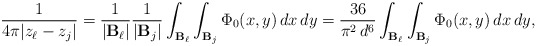
\begin{align*}\frac{1}{4\pi|z_\ell-z_j|}=\frac{1}{|\mathbf{B}_\ell|}\frac{1}{|\mathbf{B}_j|}\int_{\mathbf{B}_\ell}\int_{\mathbf{B}_j}\Phi_{0}(x, y)\,dx\,dy=\frac{36}{\pi^{2} \, d^{6}}\int_{\mathbf{B}_\ell}\int_{\mathbf{B}_j}\Phi_{0}(x, y)\,dx\,dy,\end{align*}